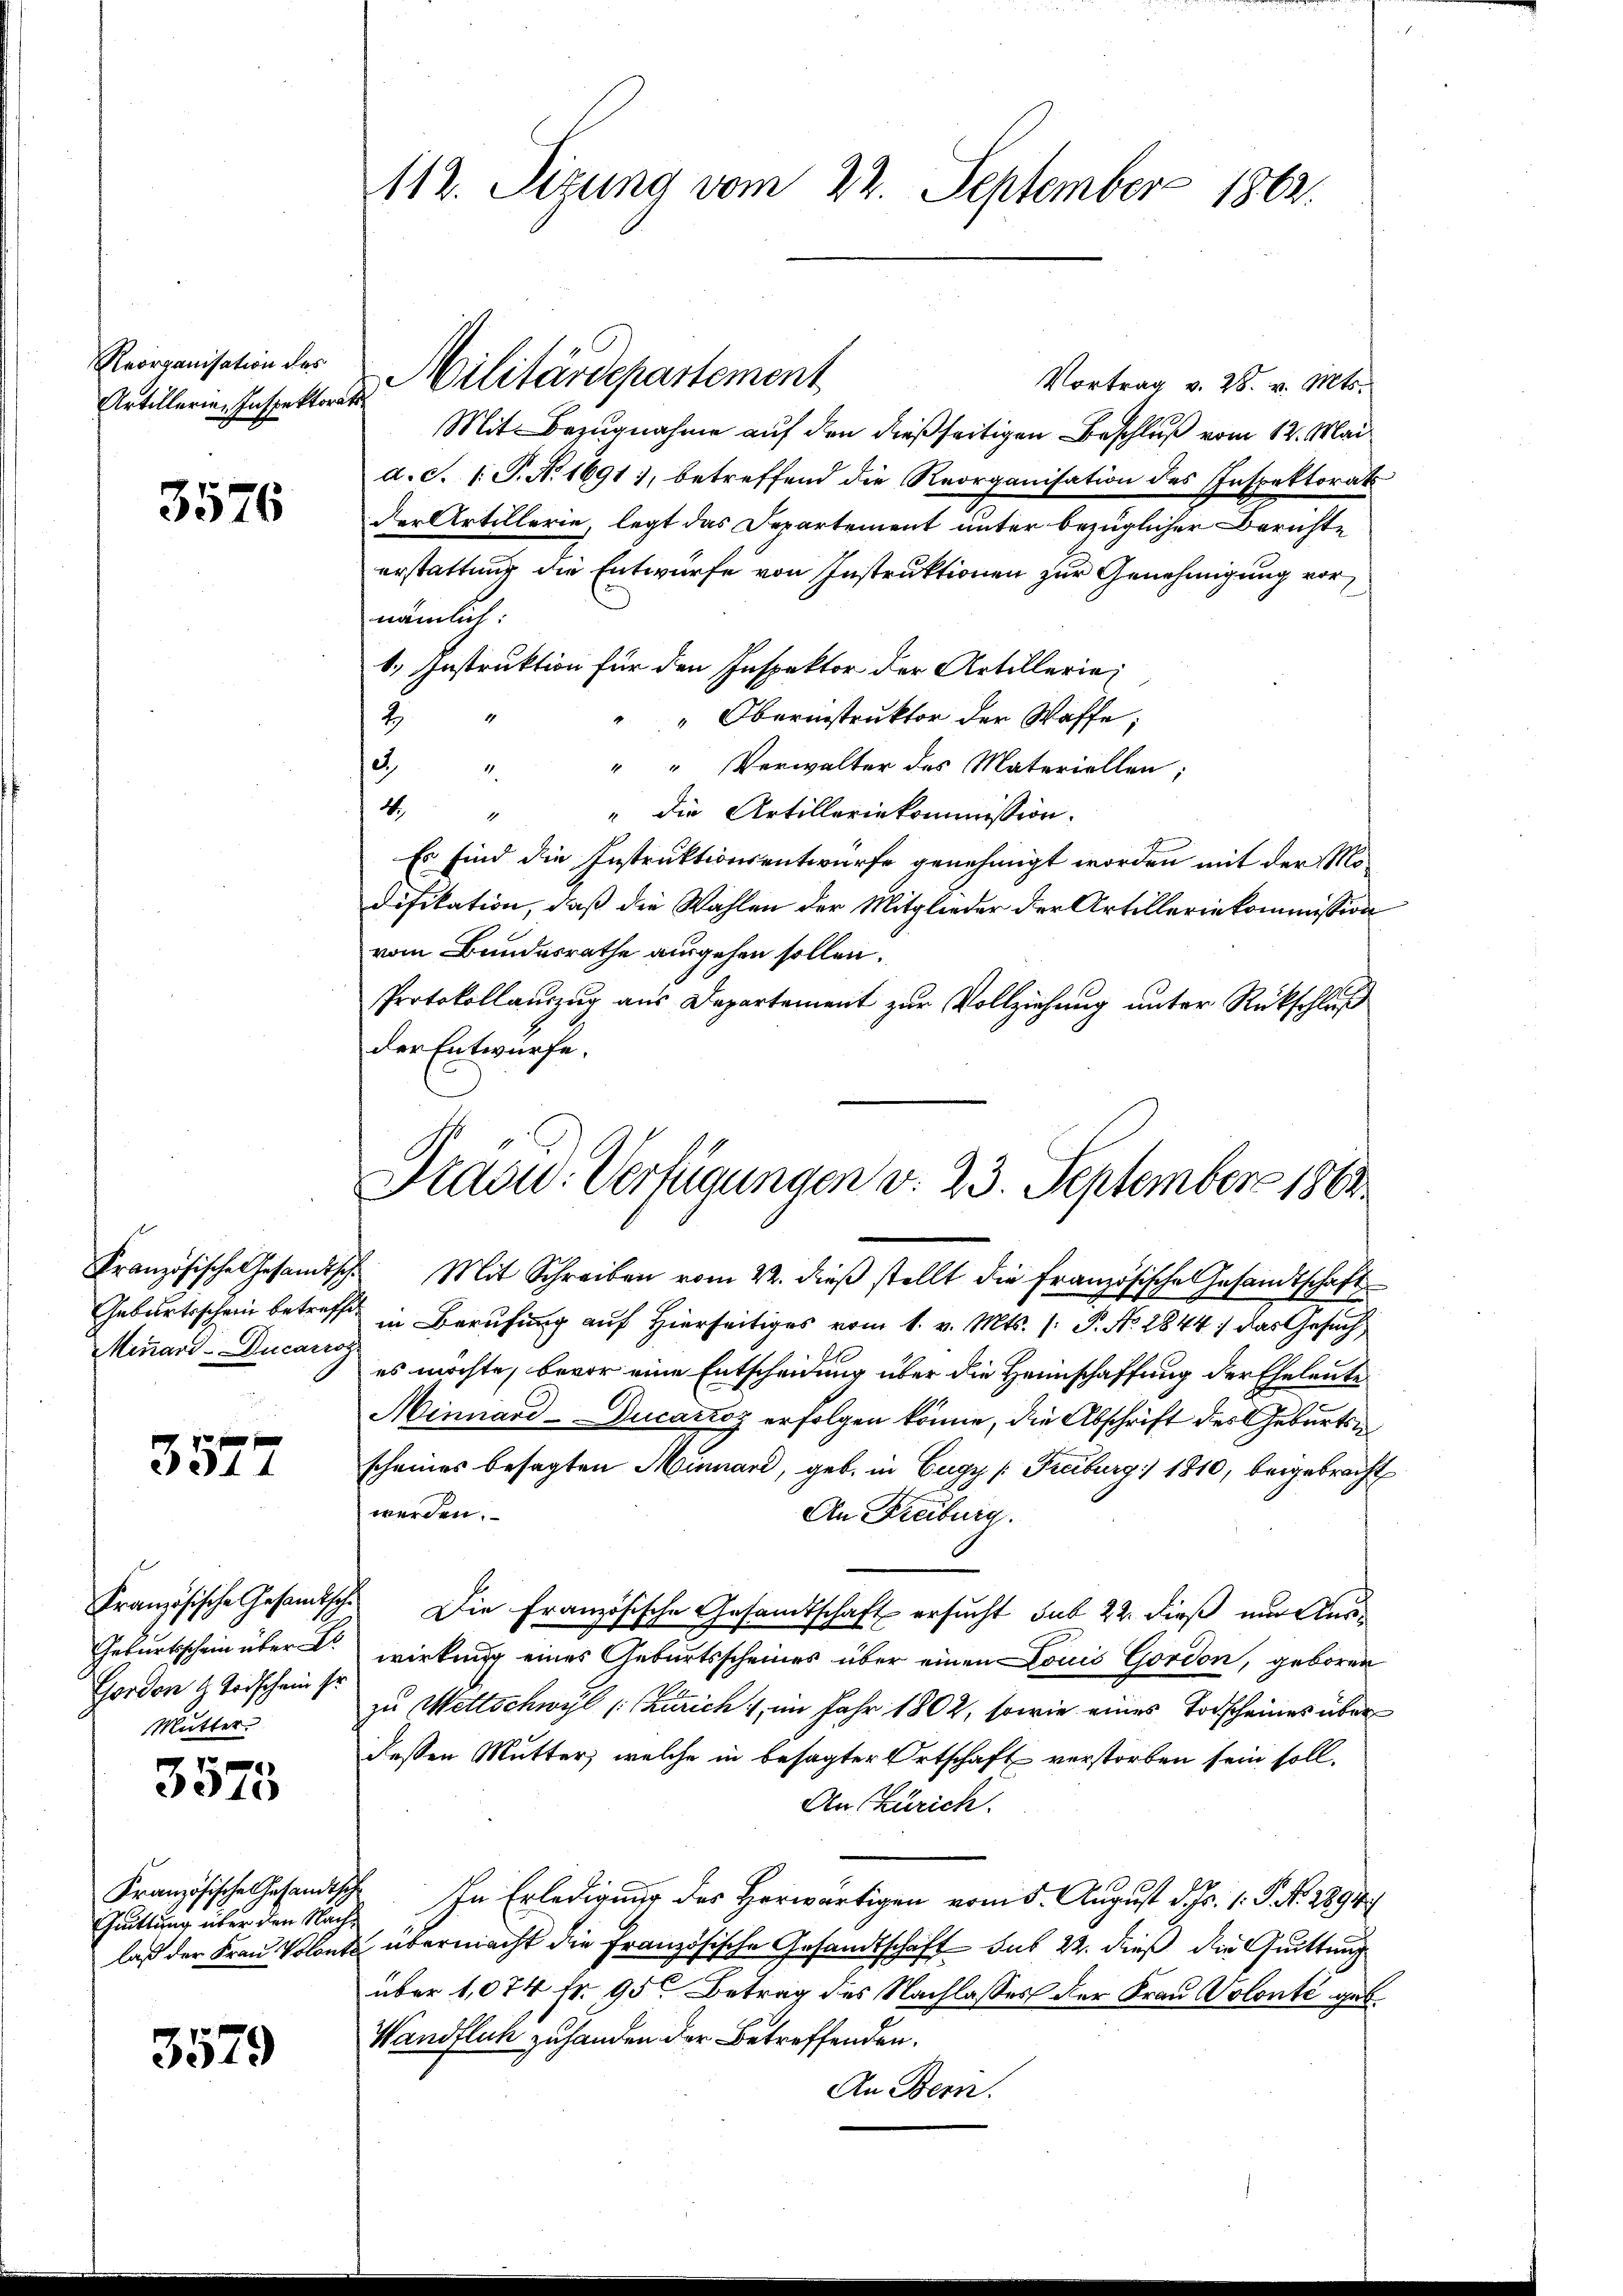
Reorganisation des
Artillerien Inspektorats¬

3576

Minard-Ducarrog

3577

Gorden & Todschein so
Mutter

3573

Französische Gesandtsch
Quittung über den Nach¬

3579

112. Sizung vom 22. September 1862.

Militärdepartement
Vortrag v. 28. v. Mts.
Mit Bezugnahme auf den dießseitigen Beschluß vom 12. Mai
d. d. 1. P. Nr. 1691), betreffend die Reorganisation des Inspektorat
der Artillerie, legt das Departement unter bezüglicher Berichte
erstattung die Entwurfe von Instruktionen zur Genehmigung vornämlich.
b.) Instruktion für den Inspektor der Artillerie¬
19
" Oberinstruktor der Waffe;
2
" " Verwalter des Materiellen;
3
2. " die Artilleriekommission.
Es sind die Instruktionsentwurfe genehmigt worden mit der Modifikation, daß die Wahlen der Mitglieder der Artilleriekommission
vom Bundesrathe ausgehen sollen.
Protokollauszug aus Departement zur Vollziehung unter Rückschluß
der Entwürfe.

Französische Gesandtsch. Mit Schreiben vom 22. dieβ stellt die französische Gesandtschaft
Geburtsschein betreff in Berufung auf Hierseitiges vom 1. v. Mts. 1. P. No. 1844 das Gesuch
es möchte, bevor eine Entscheidung über die Hannschaffung der Eheleute
Minnard-Ducartoz erfolgen könne, die Abschrift des Geburtsn
scheines besagten Minnard, geb. in Eugy [Freiburg 1810, beigebracht
werden.
An Freiburg
Französische Gesamtsche Die Französische Gesamtschaft ersucht sub 22. dieß nur Aus¬
Geburtsschein über wirkung eines Geburtsscheines über einen Louis Gordon, geboren
zu Wettschwyl (Zürich im Jahr 1802, sowie eines Todscheines über
dessen Mutter, welche in besagter Ortschaft verstorben sein soll.
An Zürich.
In Erledigung des Herwärtigen vom 5. August d. Js. v. J. N. 2894/
laß der Frau Volonta übermacht die Französische Gesandtschaft sub 22. dieß die Grittung
über 1,074 fr. 95. Betrag des Nachlasses der Frau Volonté gub¬
Wandfluh zu handen der Betreffenden.
An Bern.

Präsu. Verfügungen d. 23. September 1864